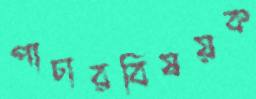
পাচারবিষয়ক